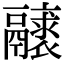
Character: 𩱝